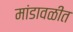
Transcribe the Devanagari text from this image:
मांडावळीत